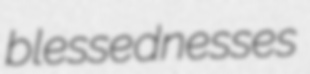
blessednesses